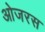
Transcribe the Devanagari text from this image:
ओजरस